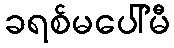
ခရစ်မပေါ်မီ